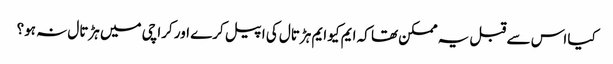
کیا اس سے قبل یہ ممکن تھا کہ ایم کیو ایم ہڑتال کی اپیل کرے اور کراچی میں ہڑتال نہ ہو؟